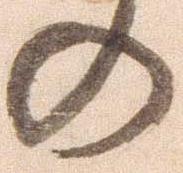
の